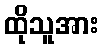
ထိုသူအား